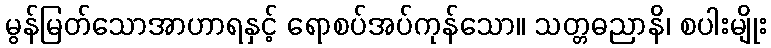
မွန်မြတ်သောအာဟာရနှင့် ရောစပ်အပ်ကုန်သော။ သတ္တဓညာနိ၊ စပါးမျိုး